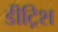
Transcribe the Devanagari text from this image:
डीट्रिश